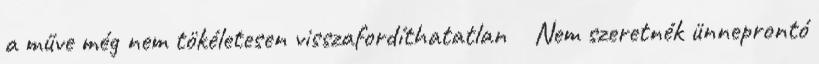
a műve még nem tökéletesen visszafordíthatatlan Nem szeretnék ünneprontó